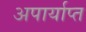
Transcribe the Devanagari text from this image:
अपार्याप्त